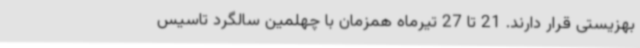
بهزیستی قرار دارند. 21 تا 27 تیرماه همزمان با چهلمین سالگرد تاسیس